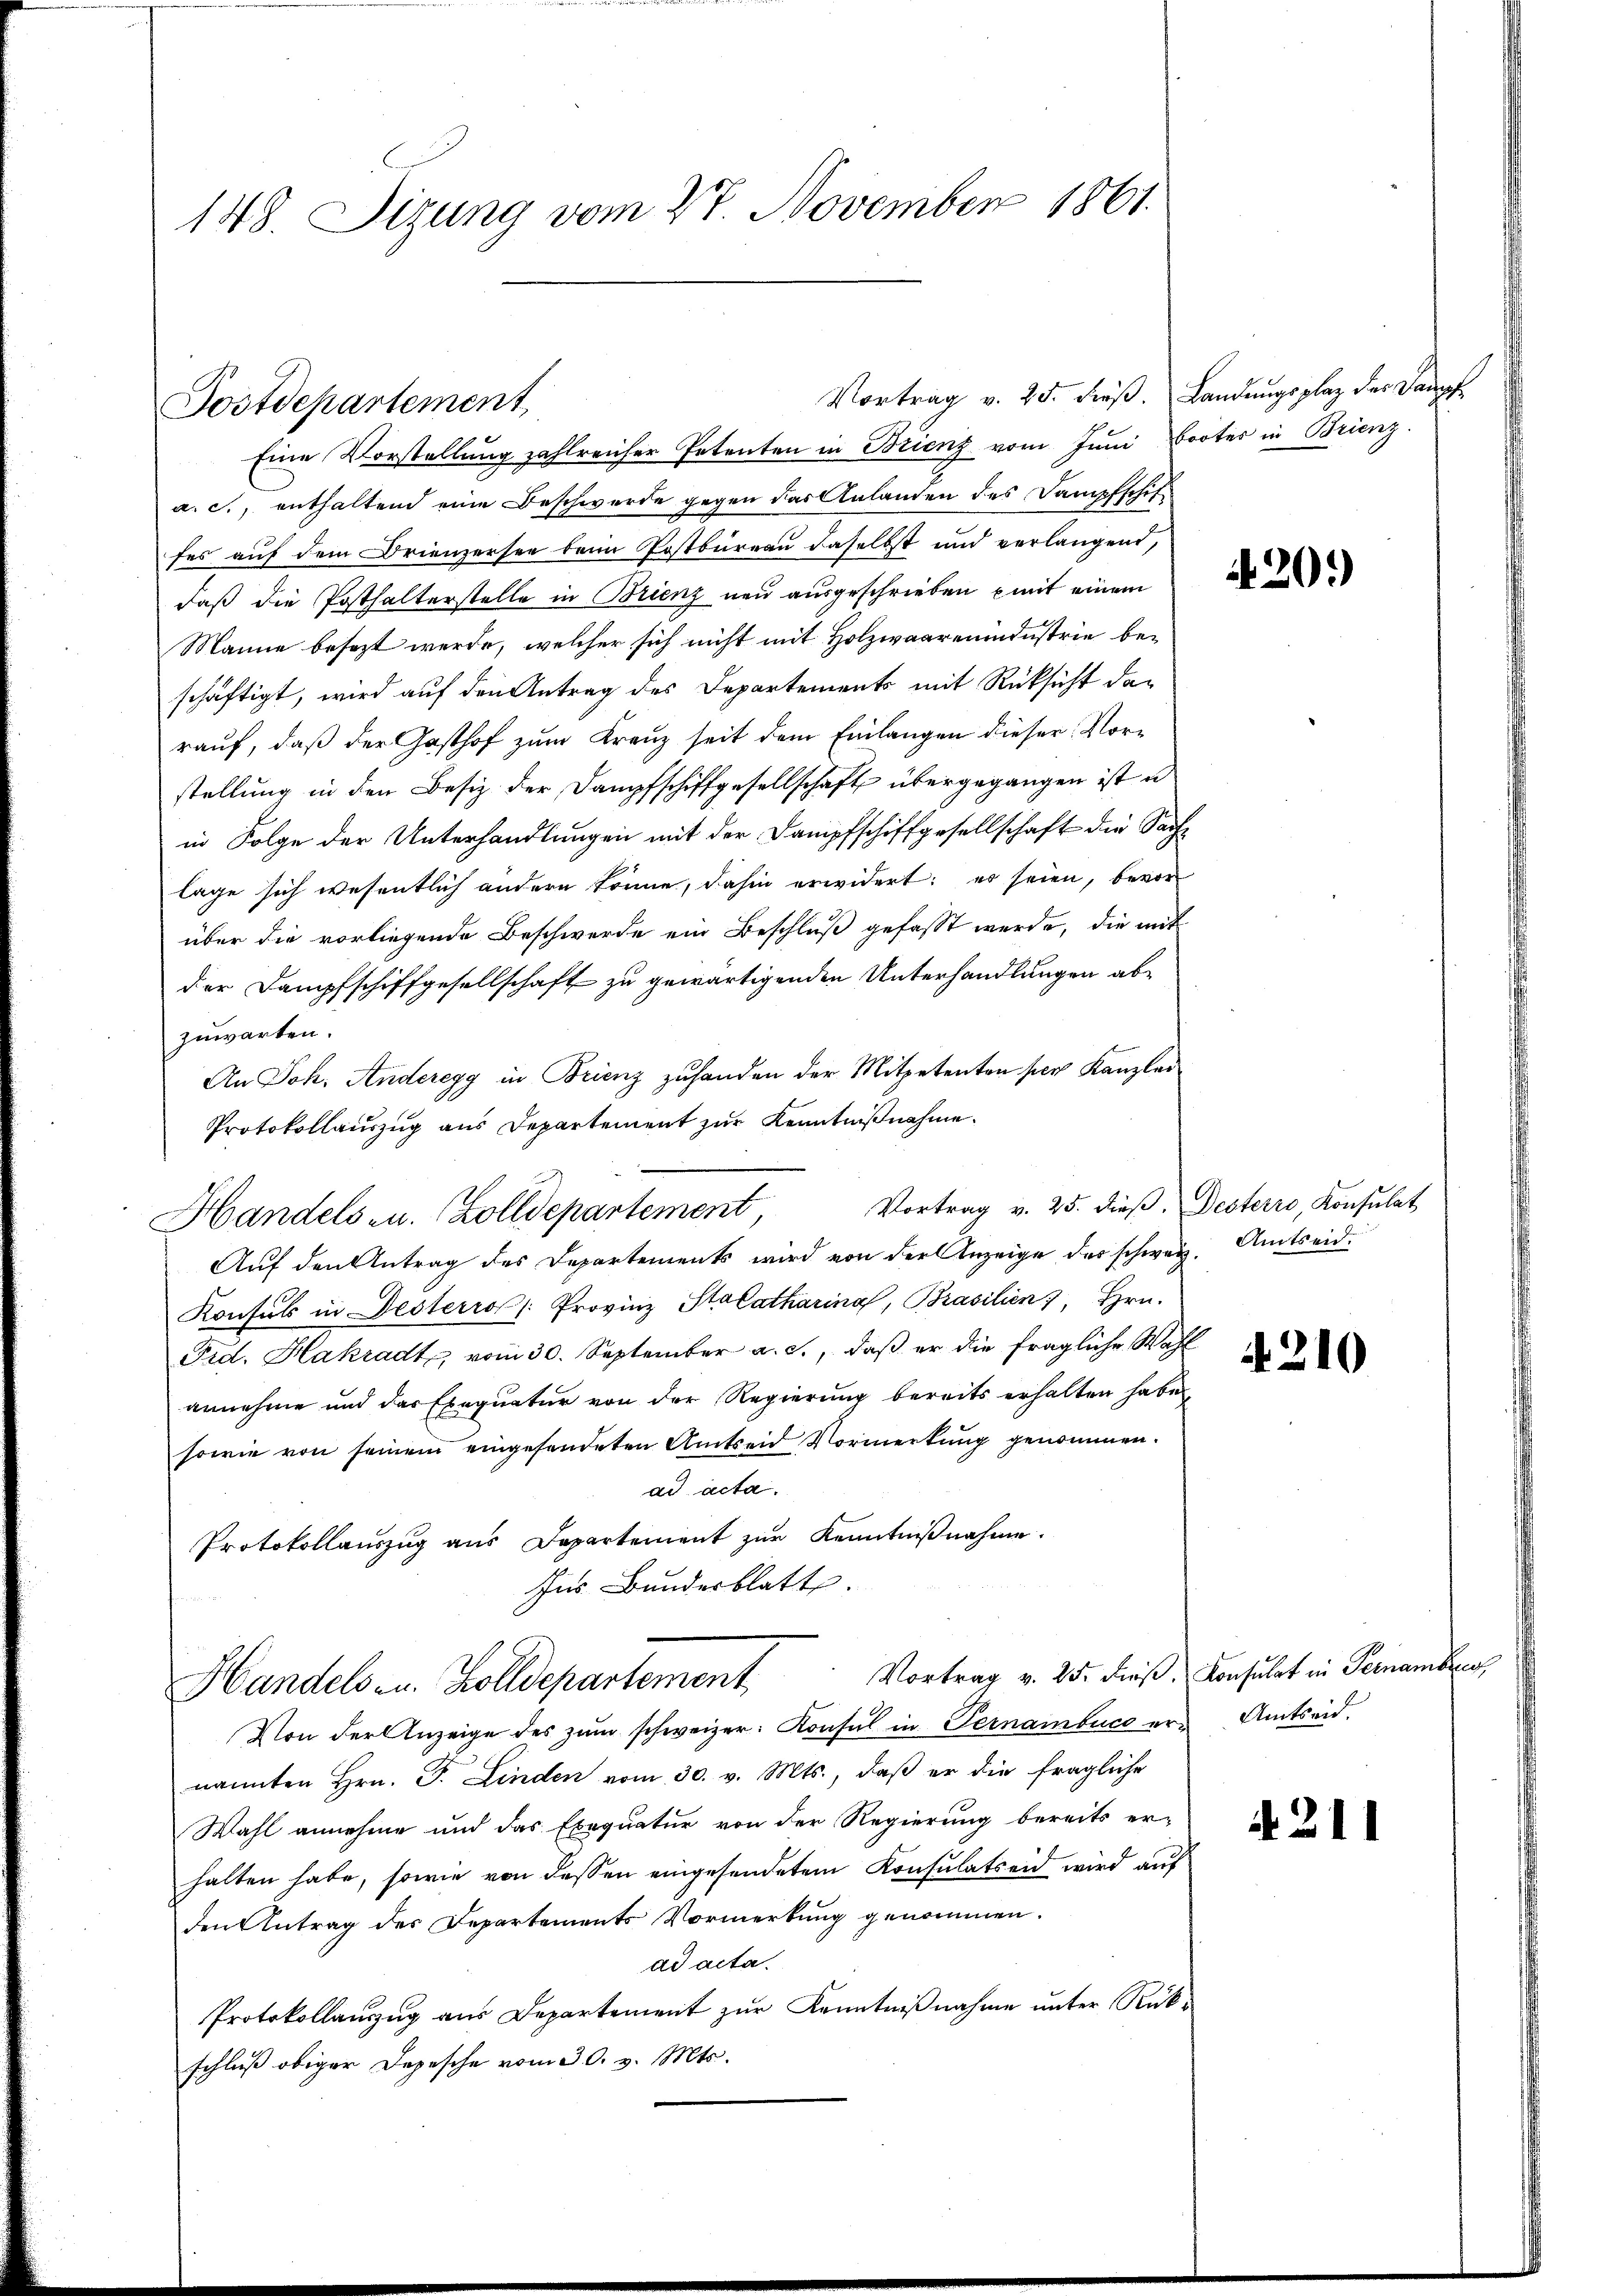
148. Sizung vom 27. November 1861.

Eine Vorstellung zahlreicher Petenten in Brienz vom Juni Bootes in Brienz
a. c., enthaltend eine Beschwerde gegen das Anlanden des Dampfschif
fes auf dem Frienzersee beim Postbureau daselbst und verlangend,
daß die Posthalterstelle in Brienz neu ausgeschrieben mit einem
Manne besezt werde, welcher sich nicht mit Holzwaarenindustrie beschäftigt, wird auf den Antrag des Departements mit Rücksicht der
rauf, daß der Gasthof zum Kreuz seit dem Einlangen dieser Vorstellung in den Besiz der Dampfschiffgesellschaft übergegangen ist u
in Folge der Unterhandlungen mit der Dampfschiffgesellschaft die Sache
lage sich wesentlich andern könne, dahin erwidert: es seien, bevor
über die vorliegende Beschwerde ein Beschluß gefasst werde, die mit
der Dampfschiffgesellschaft zu gewärtigenden Unterhandlungen abzuwarten.
An Joh. Anderegg in Trienz zuhanden der Mitpetenten per Kanzlei
Protokollauszug aus Departement zur Kenntnißnahme.
Handels- u. Zolldepartement
Auf den Antrag des Departements wird von der Anzeige des schweiz. Amtseid¬
Konsuls in Desterro /: Provinz Stalatharina, Brasilien, Hrn.
Frd. Hakradt vom 30. September a. c., daß er die fragliche Wahl
annehme und das Exequatur von der Regierung bereits erhalten habe,
sowie von seinem eingesendeten Amtseid Vormerkung genommen.
ad acta.
Protokollauszug aus Departement zur Kenntnißnahme.
für Bundesblatt.
Vortrag v. 25. dieβ. Konsulat in Pernambres,
Handels- u. Zolldepartement
Von der Anzeige des zŭm schweizer. Konsul in Pernambucc er-Amtseid.
nannten Hrn. F. Linden vom 30. v. Mts., daß er die fragliche
Wahl annehme und das Exequatur von der Regierung bereits er-
halten habe, sowie von dessen eingesendetem Konsulatseid wird auf
den Antrag des Departements Vormerkung genommen.
ad acta.
Protokollanzŭg aŭs Departement zŭr Kenntniβnahme ŭnter Rück-
schluß obiger Depesche vom 30. v. Mts.

Postdepartement,

Vortrag v. 25. dieß, Desterro, Konsulat

Vortrag v. 25. dieβ. Landŭngsplaz der Dampf

420.)

210

4211